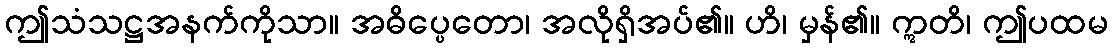
ဤသံသဋ္ဌအနက်ကိုသာ။ အဓိပ္ပေတော၊ အလိုရှိအပ်၏။ ဟိ၊ မှန်၏။ ဣတိ၊ ဤပထမ